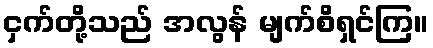
ငှက်တို့သည် အလွန် မျက်စိရှင်ကြ။